Annual report on the working of the lock hospitals in the Central Provinces
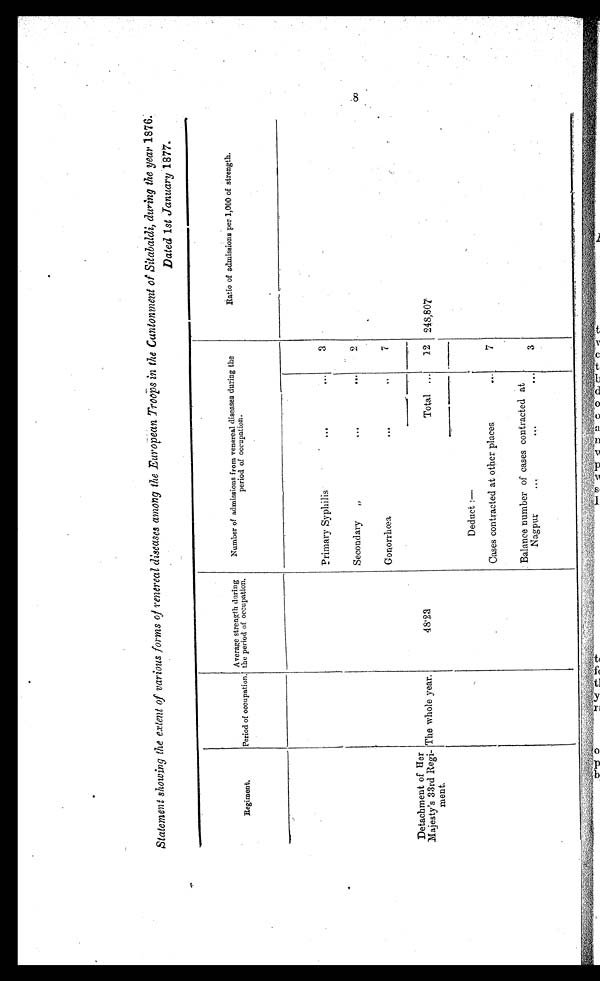
8
Statement showing the extent of various forms of venereal diseases among the European Troops in the Cantonment of Sitabaldi, during the year 1876.
Dated 1st January 1877.
Regiment.
Period of occupation
Average strength during
the period of occupation.
Number of admissions from venereal diseases during the
period of occupation.
Ratio of admissions per 1,000 of strength
.
Primary Syphilis
. . . . . .
3
Secondary
„
...
...
2
Gonorrhœa
... ...
7
Detachment of Her
Majesty's 33rd Regi-
ment.
The whole year.
48·23
Total ...
12 248,807
Deduct :—
Cases contracted at other place
...
7
Balance number of cases contracted at
Nagpur
. .. ...
3